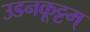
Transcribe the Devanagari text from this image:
उडनकूट्टम्